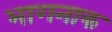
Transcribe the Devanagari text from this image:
भागनाक